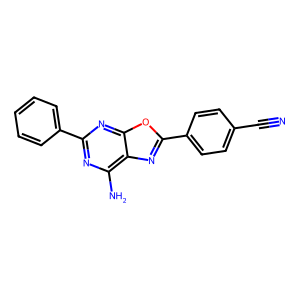
SMILES: N#Cc1ccc(-c2nc3c(N)nc(-c4ccccc4)nc3o2)cc1
Inhibits HIV replication: No